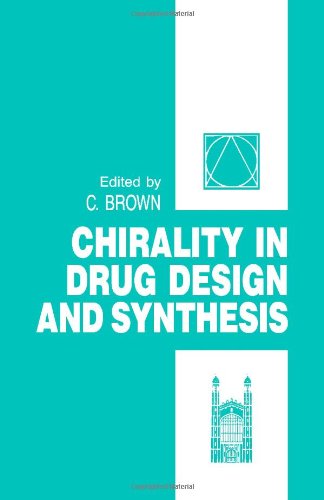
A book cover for Chirality in Drug Design and Synthesis (Smith Kline & French symposia); Medical Books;